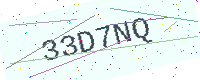
Text: 33D7NQ